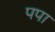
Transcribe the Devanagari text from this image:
पपा